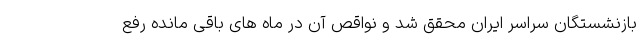
بازنشستگان سراسر ایران محقق شد و نواقص آن در ماه های باقی مانده رفع